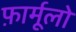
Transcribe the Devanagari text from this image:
फ़ार्मूलो